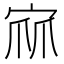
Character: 𭓹